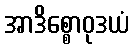
အာဒိစ္စောဝုဒယံ